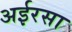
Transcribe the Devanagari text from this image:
अईरसा